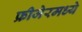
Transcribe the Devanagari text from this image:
फ्रीजेरमध्ये